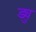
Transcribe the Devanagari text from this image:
ड्यु